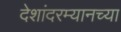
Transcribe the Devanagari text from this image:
देशांदरम्यानच्या